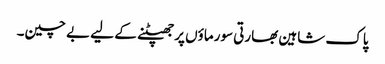
پاک شاہین بھارتی سورماؤں پر جھپٹنے کے لیے بے چین۔